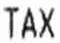
TAX